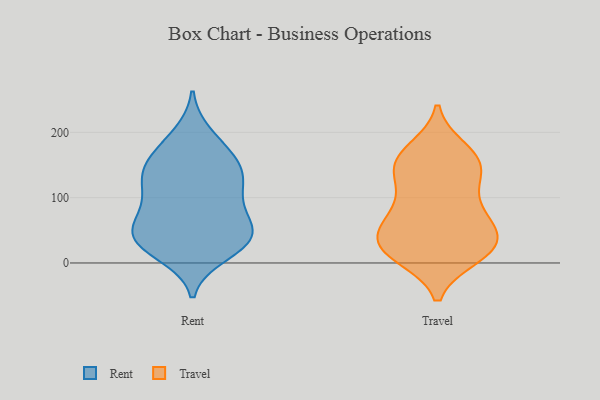
{"axis": {"x": "Inventory Turnover", "y": "Value"}, "legend": ["Rent", "Travel"], "data": [{"x": "", "y": 41, "type": "Rent"}, {"x": "", "y": 96, "type": "Rent"}, {"x": "", "y": 136, "type": "Rent"}, {"x": "", "y": 37, "type": "Rent"}, {"x": "", "y": 61, "type": "Rent"}, {"x": "", "y": 35, "type": "Rent"}, {"x": "", "y": 70, "type": "Rent"}, {"x": "", "y": 122, "type": "Rent"}, {"x": "", "y": 182, "type": "Rent"}, {"x": "", "y": 133, "type": "Rent"}, {"x": "", "y": 140, "type": "Rent"}, {"x": "", "y": 108, "type": "Rent"}, {"x": "", "y": 74, "type": "Rent"}, {"x": "", "y": 14, "type": "Rent"}, {"x": "", "y": 196, "type": "Rent"}, {"x": "", "y": 159, "type": "Rent"}, {"x": "", "y": 42, "type": "Rent"}, {"x": "", "y": 29, "type": "Rent"}, {"x": "", "y": 28, "type": "Rent"}, {"x": "", "y": 156, "type": "Rent"}, {"x": "", "y": 75, "type": "Travel"}, {"x": "", "y": 119, "type": "Travel"}, {"x": "", "y": 11, "type": "Travel"}, {"x": "", "y": 54, "type": "Travel"}, {"x": "", "y": 69, "type": "Travel"}, {"x": "", "y": 24, "type": "Travel"}, {"x": "", "y": 21, "type": "Travel"}, {"x": "", "y": 151, "type": "Travel"}, {"x": "", "y": 61, "type": "Travel"}, {"x": "", "y": 173, "type": "Travel"}, {"x": "", "y": 19, "type": "Travel"}, {"x": "", "y": 164, "type": "Travel"}, {"x": "", "y": 157, "type": "Travel"}, {"x": "", "y": 28, "type": "Travel"}, {"x": "", "y": 135, "type": "Travel"}, {"x": "", "y": 95, "type": "Travel"}, {"x": "", "y": 39, "type": "Travel"}, {"x": "", "y": 149, "type": "Travel"}, {"x": "", "y": 17, "type": "Travel"}]}